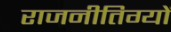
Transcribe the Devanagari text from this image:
राजनीतिग्यों